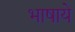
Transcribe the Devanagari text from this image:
भाषाये